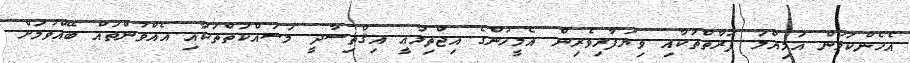
އެހެންކަމުން އަމިއްލަ ފަރާތްތަކާއި ވިޔަފާރިވެރިން އެމީހުންގެ އިޖްތިމާޢީ އިޤްތިސާދީ މަސައްކަތްތަކާއި އެއްވުންތައް ބޭއްވުމަށް